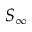
S _ { \infty }